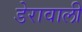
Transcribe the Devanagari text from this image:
डेरावाली